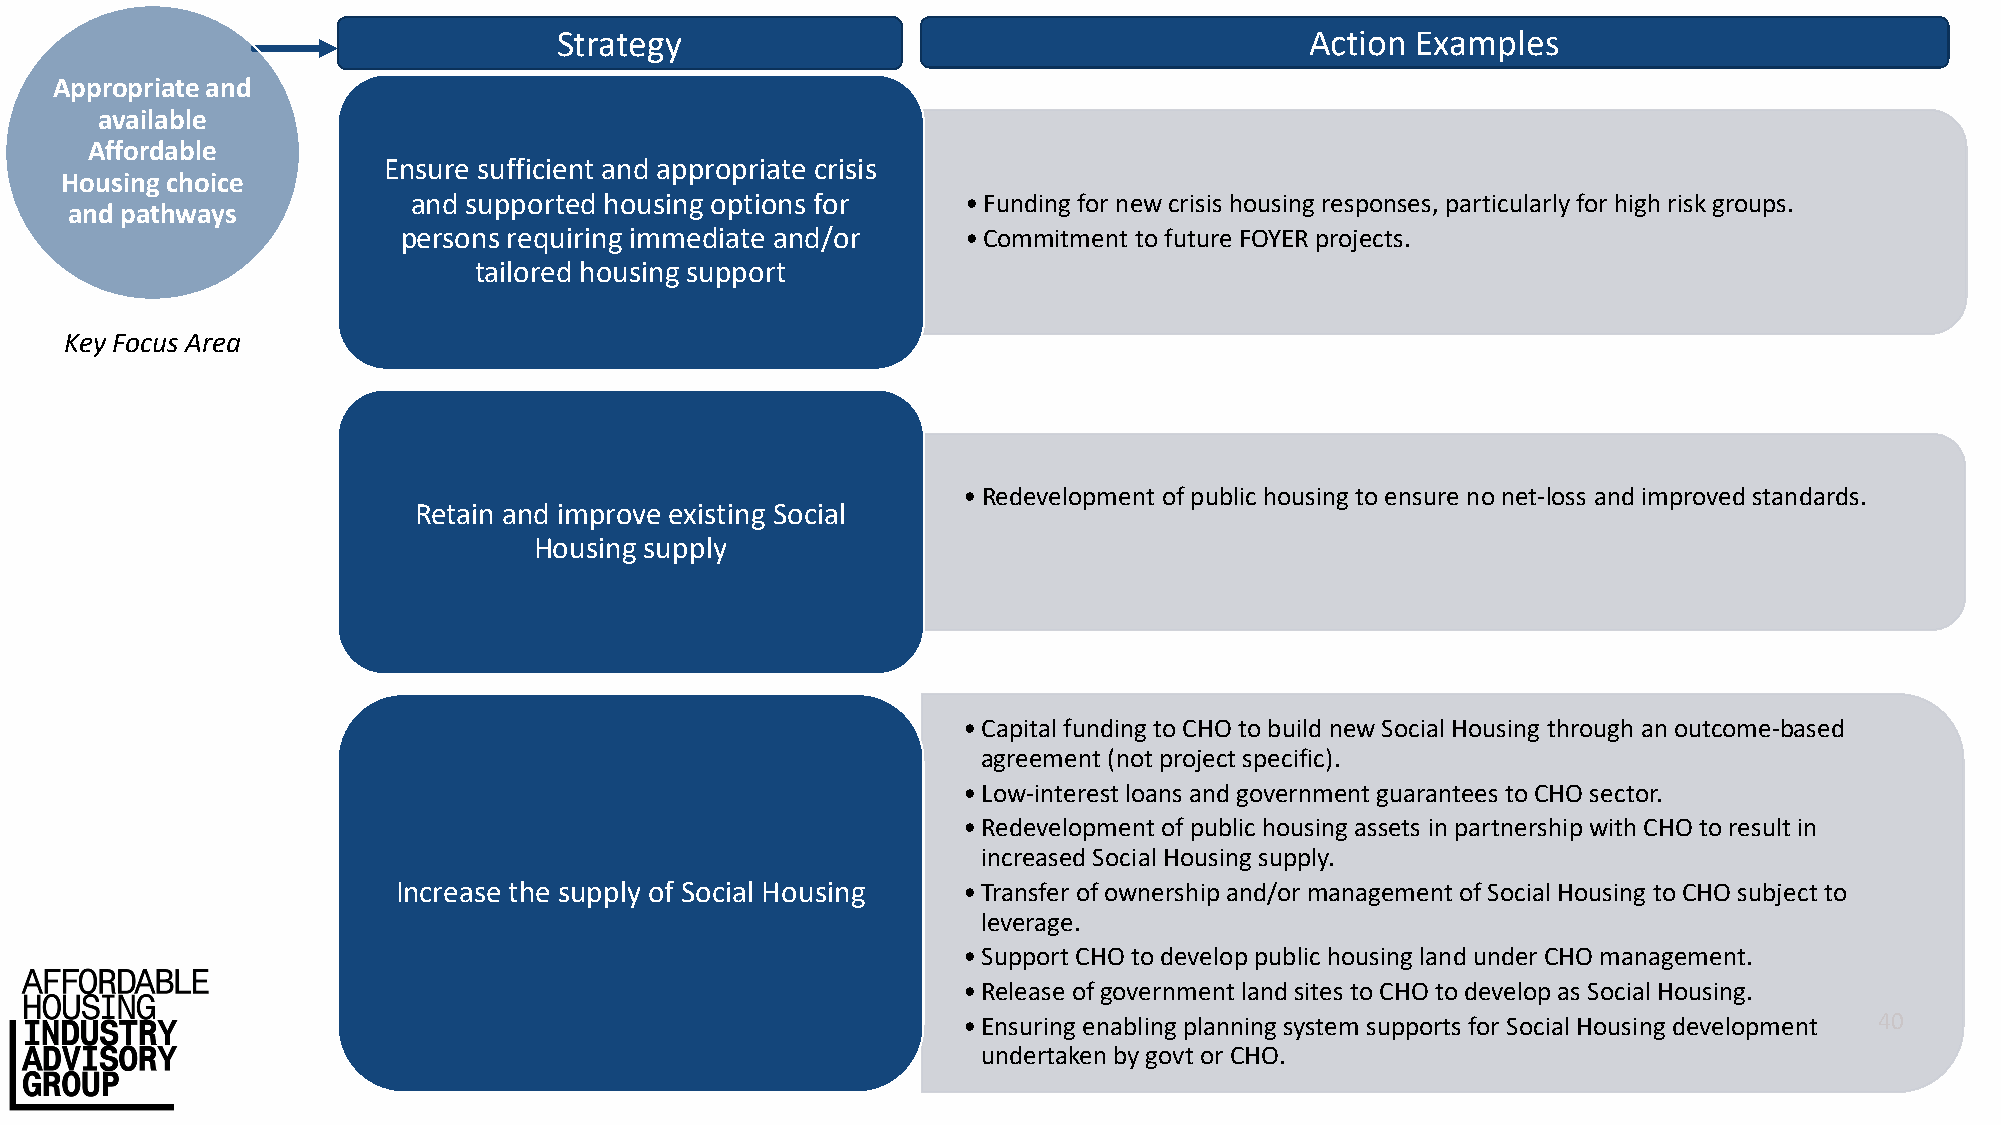
Strategy                                          Action Examples
 Appropriate and
 available
 Affordable
 Ensure sufficient and appropriate crisis
 Housing choice
 and supported housing options for    •Funding for new crisis housing responses, particularly for high risk groups.
 and pathways
 persons requiring immediate and/or   •Commitment to future FOYER projects.
 tailored housing support
 Key Focus Area
 •Redevelopment of public housing to ensure no net-loss and improved standards.
 Retain and improve existing Social
 Housing supply
 •Capital funding to CHO to build new Social Housing through an outcome-based
 agreement (not project specific).
 •Low-interest loans and government guarantees to CHO sector.
 •Redevelopment of public housing assets in partnership with CHO to result in
 increased Social Housing supply.
 Increase the supply of Social Housing •Transfer of ownership and/or management of Social Housing to CHO subject to
 leverage.
 •Support CHO to develop public housing land under CHO management.
 •Release of government land sites to CHO to develop as Social Housing.
 •Ensuring enabling planning system supports for Social Housing development 40
 undertaken by govt or CHO.